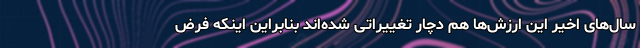
سال‌های اخیر این ارزش‌ها هم دچار تغییراتی شده‌اند بنابراین اینکه فرض